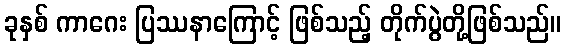
ခုနှစ် ကာဂေး ပြဿနာကြောင့် ဖြစ်သည့် တိုက်ပွဲတို့ဖြစ်သည်။